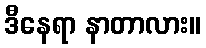
ဒီနေရာ နာတာလား။